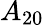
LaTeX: A_{20}